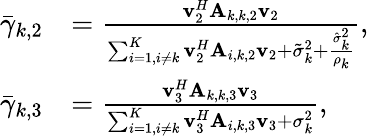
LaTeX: \begin{array}{rl}{\bar{\gamma}_{k,2}}&{=\frac{\mathbf v_{2}^{H}\mathbf A_{k,k,2}\mathbf v_{2}}{\sum_{i=1,i\neq k}^{K}\mathbf v_{2}^{H}\mathbf A_{i,k,2}\mathbf v_{2}+\tilde{\sigma}_{k}^{2}+\frac{\hat{\sigma}_{k}^{2}}{\rho_{k}}},}\\ {\bar{\gamma}_{k,3}}&{=\frac{\mathbf v_{3}^{H}\mathbf A_{k,k,3}\mathbf v_{3}}{\sum_{i=1,i\neq k}^{K}\mathbf v_{3}^{H}\mathbf A_{i,k,3}\mathbf v_{3}+\sigma_{k}^{2}},}\end{array}